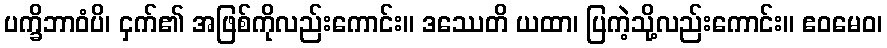
ပက္ခိဘာဝံပိ၊ ငှက်၏ အဖြစ်ကိုလည်းကောင်း။ ဒဿေတိ ယထာ၊ ပြကဲ့သို့လည်းကောင်း။ ဧဝမေဝ၊